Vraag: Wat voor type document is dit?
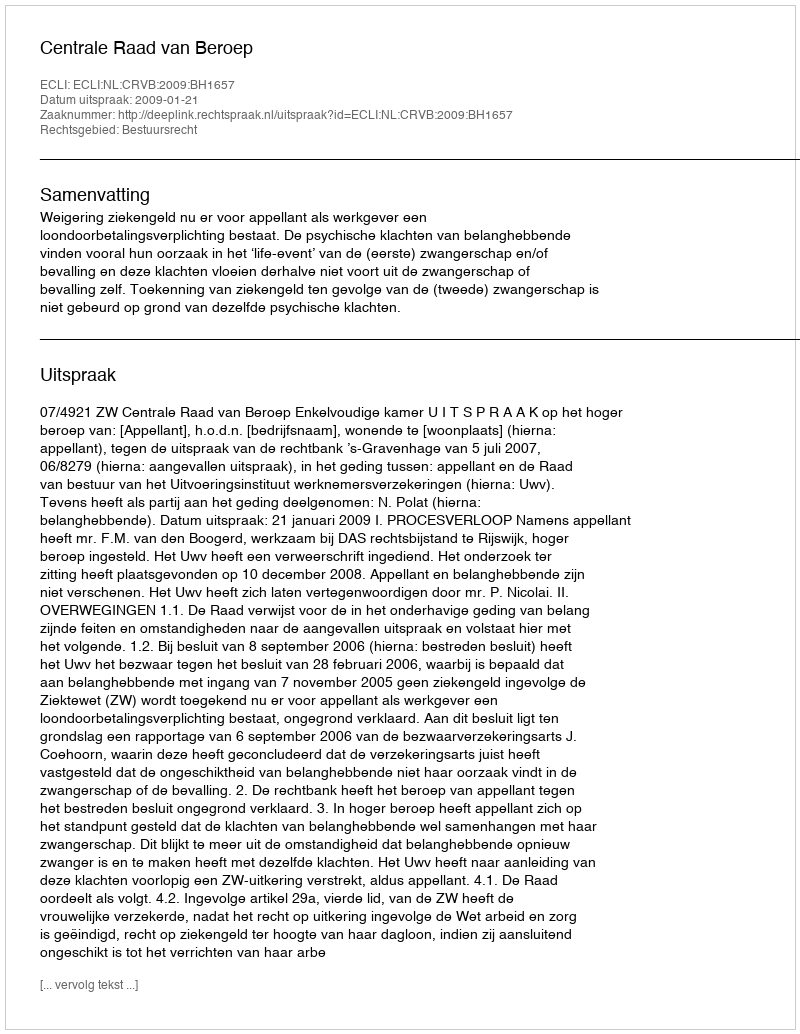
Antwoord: Uitspraak